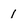
Character: 1